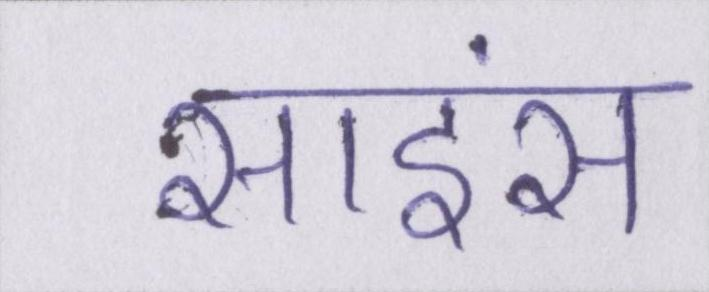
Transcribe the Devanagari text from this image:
साइंस